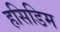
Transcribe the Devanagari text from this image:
हसिडिम